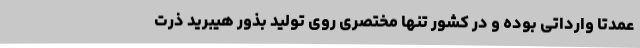
عمدتا وارداتی بوده و در کشور تنها مختصری روی تولید بذور هیبرید ذرت